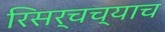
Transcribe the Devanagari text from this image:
रिसर्चच्याच